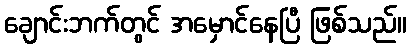
ချောင်းဘက်တွင် အမှောင်နေပြီ ဖြစ်သည်။